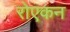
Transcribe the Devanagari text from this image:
रोएकन